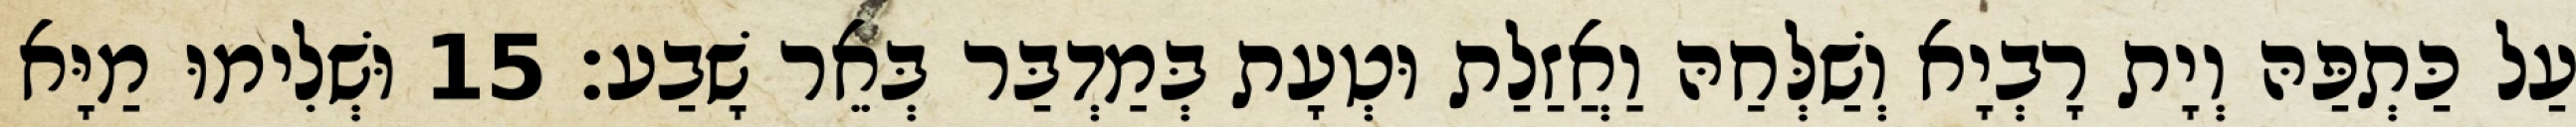
עַל כַּתְפַּהּ וְיָת רָבְיָא וְשַׁלְּחַהּ וַאֲזַלַת וּטְעָת בְּמַדְבַּר בְּאֵר שָׁבַע׃ 15 וּשְׁלִימוּ מַיָּא